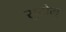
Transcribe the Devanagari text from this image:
सुटोमु